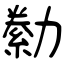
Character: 勬